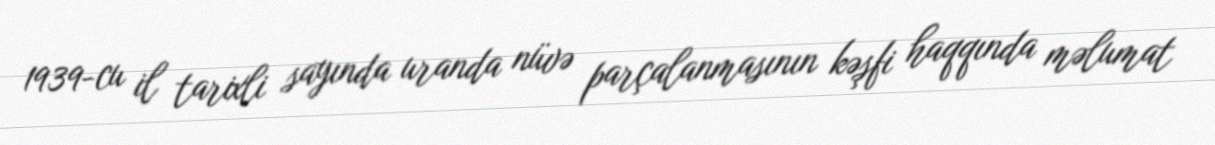
1939-cu il tarixli sayında uranda nüvə parçalanmasının kəşfi haqqında məlumat